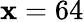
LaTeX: \mathbf{x}=64